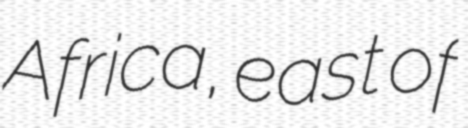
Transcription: Africa, east of